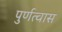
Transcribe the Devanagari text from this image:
पुर्णत्‍वास